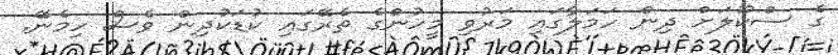
ގެ ސްކޫލަށް ދިން ހަމަލާގައި މަރުވި މީހުންގެ ތެރޭގައި ކުޑަކުދިން ވެސް ހިމެނޭ.